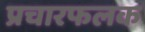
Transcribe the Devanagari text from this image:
प्रचारफलक